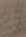
绩